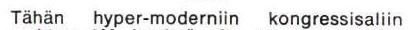
Tähän hyper-moderniin kogressisaliin